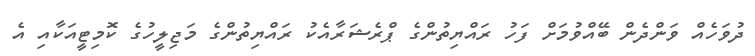
ދުވަހެއް ވަންދެން ބޭއްވުމަށް ފަހު ރައްޔިތުންގެ ޕްރެޝަރާއެކު ރައްޔިތުންގެ މަޖިލީހުގެ ކޮމިޓީއަކާއި އެ